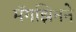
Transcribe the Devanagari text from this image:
मॅगझिनने